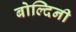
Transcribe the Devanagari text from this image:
बोल्दिनी